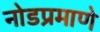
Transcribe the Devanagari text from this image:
नोडप्रमाणे